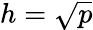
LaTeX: h={\sqrt{p}}